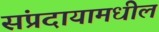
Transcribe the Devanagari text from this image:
संप्रदायामधील